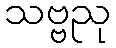
သဗ္ဗညု